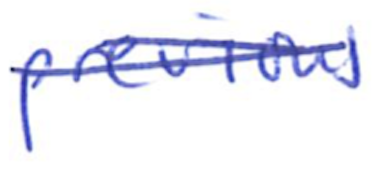
Text: previous
Cross-out: double-line
Writing tool: ballpoint